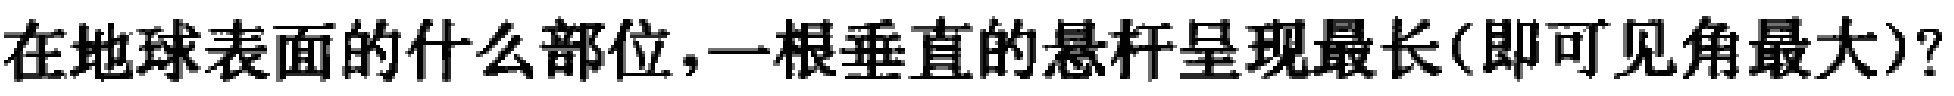
在地球表面的什么部位，一根垂直的悬杆呈现最长(即可见角最大)？